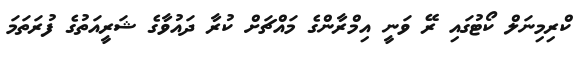
ކްރިމިނަލް ކޯޓުގައި ރޭ ވަނީ އިމްރާންގެ މައްޗަށް ކުރާ ދައުވާގެ ޝަރީއަތުގެ ފުރަތަމަ